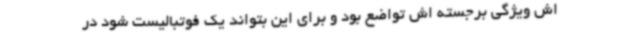
اش ویژگی برجسته اش تواضع بود و برای این بتواند یک فوتبالیست شود در